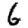
Digit: 6